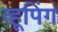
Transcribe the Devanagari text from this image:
व्हूपिंग